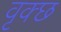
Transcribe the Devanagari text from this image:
वृक्छ